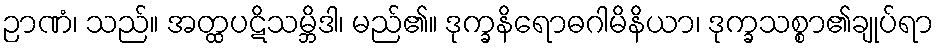
ဉာဏံ၊ သည်။ အတ္ထပဋိသမ္ဘိဒါ၊ မည်၏။ ဒုက္ခနိရောဓဂါမိနိယာ၊ ဒုက္ခသစ္စာ၏ချုပ်ရာ